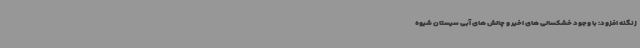
زنگنه افزود: با وجود خشکسالی های اخیر و چالش های آبی سیستان شیوه